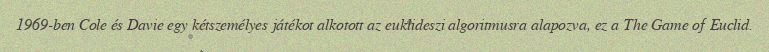
1969-ben Cole és Davie egy kétszemélyes játékot alkotott az euklideszi algoritmusra alapozva, ez a The Game of Euclid.